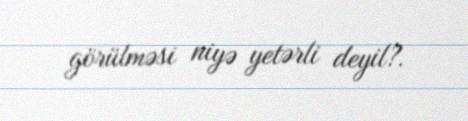
görülməsi niyə yetərli deyil?.